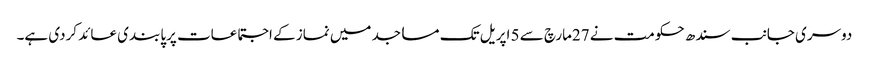
دوسری جانب سندھ حکومت نے 27مارچ سے 5 اپریل تک مساجد میں نماز کے اجتماعات پرپابندی عائد کردی ہے۔